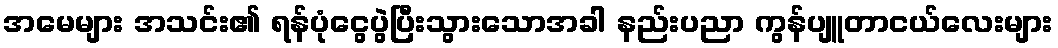
အမေများ အသင်း၏ ရန်ပုံငွေပွဲပြီးသွားသောအခါ နည်းပညာ ကွန်ပျူတာငယ်လေးများ